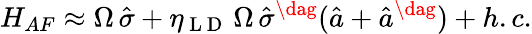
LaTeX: H_{AF}\approx\Omega\, \hat{\sigma}+\eta_{\mathrm{~L~D~}}\, \Omega\, \hat{\sigma}^{\dag}(\hat{a}+\hat{a}^{\dag})+h.c.